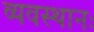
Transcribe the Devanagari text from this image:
व्यवस्थानः